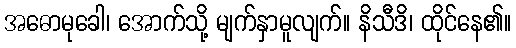
အဓောမုခေါ၊ အောက်သို့ မျက်နှာမူလျက်။ နိသီဒိ၊ ထိုင်နေ၏။